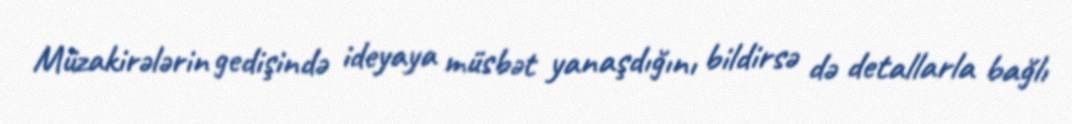
Müzakirələrin gedişində ideyaya müsbət yanaşdığını bildirsə də detallarla bağlı